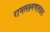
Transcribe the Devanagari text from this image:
रामलक्ष्मणावग्रतः